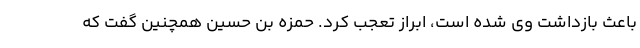
باعث بازداشت وی شده است، ابراز تعجب کرد. حمزه بن حسین همچنین گفت که